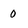
Character: 0